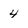
Character: 4